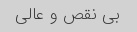
بی نقص و عالی